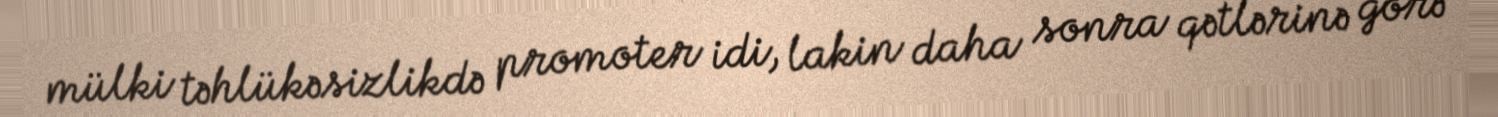
mülki təhlükəsizlikdə promoter idi, lakin daha sonra qətlərinə görə